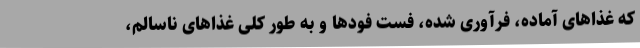
که غذاهای آماده، فرآوری شده، فست فودها و به طور کلی غذاهای ناسالم،